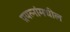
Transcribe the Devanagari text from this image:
प्रयत्‍नांमधील